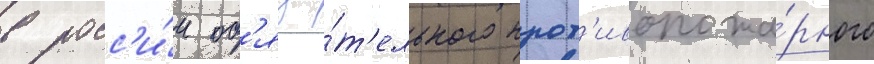
в росс'и́и об'яза́т'ельного прот'ивопожа́рного